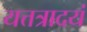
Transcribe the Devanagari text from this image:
यत्तत्रादयं